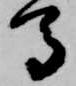
馬